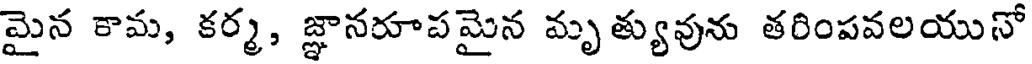
మైన కామ, కర్మ, జ్ఞానరూపమైన మృత్యువును తరింపవలయునో